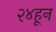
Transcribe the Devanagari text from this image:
२४हून